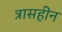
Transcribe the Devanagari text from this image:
त्रासहीन